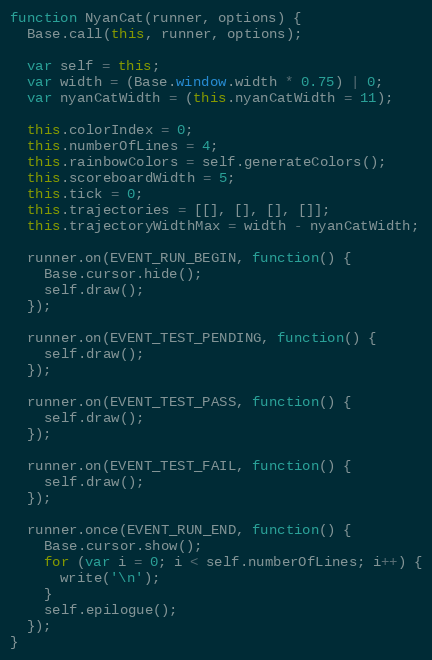
Language: JavaScript
function NyanCat(runner, options) {
  Base.call(this, runner, options);

  var self = this;
  var width = (Base.window.width * 0.75) | 0;
  var nyanCatWidth = (this.nyanCatWidth = 11);

  this.colorIndex = 0;
  this.numberOfLines = 4;
  this.rainbowColors = self.generateColors();
  this.scoreboardWidth = 5;
  this.tick = 0;
  this.trajectories = [[], [], [], []];
  this.trajectoryWidthMax = width - nyanCatWidth;

  runner.on(EVENT_RUN_BEGIN, function() {
    Base.cursor.hide();
    self.draw();
  });

  runner.on(EVENT_TEST_PENDING, function() {
    self.draw();
  });

  runner.on(EVENT_TEST_PASS, function() {
    self.draw();
  });

  runner.on(EVENT_TEST_FAIL, function() {
    self.draw();
  });

  runner.once(EVENT_RUN_END, function() {
    Base.cursor.show();
    for (var i = 0; i < self.numberOfLines; i++) {
      write('\n');
    }
    self.epilogue();
  });
}